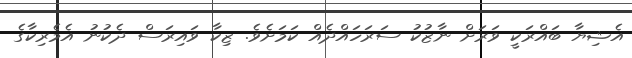
އެޝިޔާ ބައްރަކީ ވަރަށް ނާޒުކު ސަރަހައްދެއް ކަމަށެވެ. ޒިކާ ވައިރަސް ދެކުނު އެމެރިކާގެ